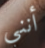
أنني